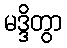
မဒ္ဒိတွာ